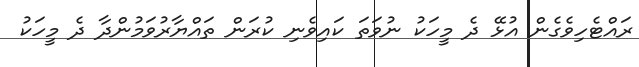
ރައްޓެހިވެގެން އުޅޭ ދެ މީހަކު ނުވަތަ ކައިވެނި ކުރަން ތައްޔާރުވަމުންދާ ދެ މީހަކު